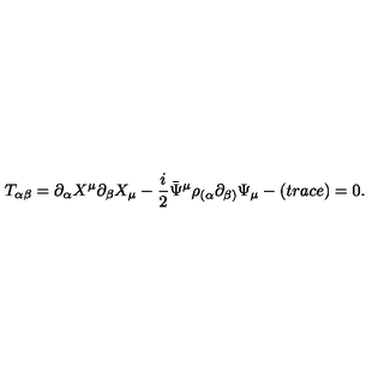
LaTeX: T _ { \alpha \beta } = \partial _ { \alpha } X ^ { \mu } \partial _ { \beta } X _ { \mu } - \frac { i } { 2 } \bar { \Psi } ^ { \mu } \rho _ { ( \alpha } \partial _ { \beta ) } \Psi _ { \mu } - ( t r a c e ) = 0 .